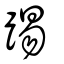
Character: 踢